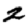
Digit: 2